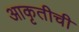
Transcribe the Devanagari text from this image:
आकृतीची